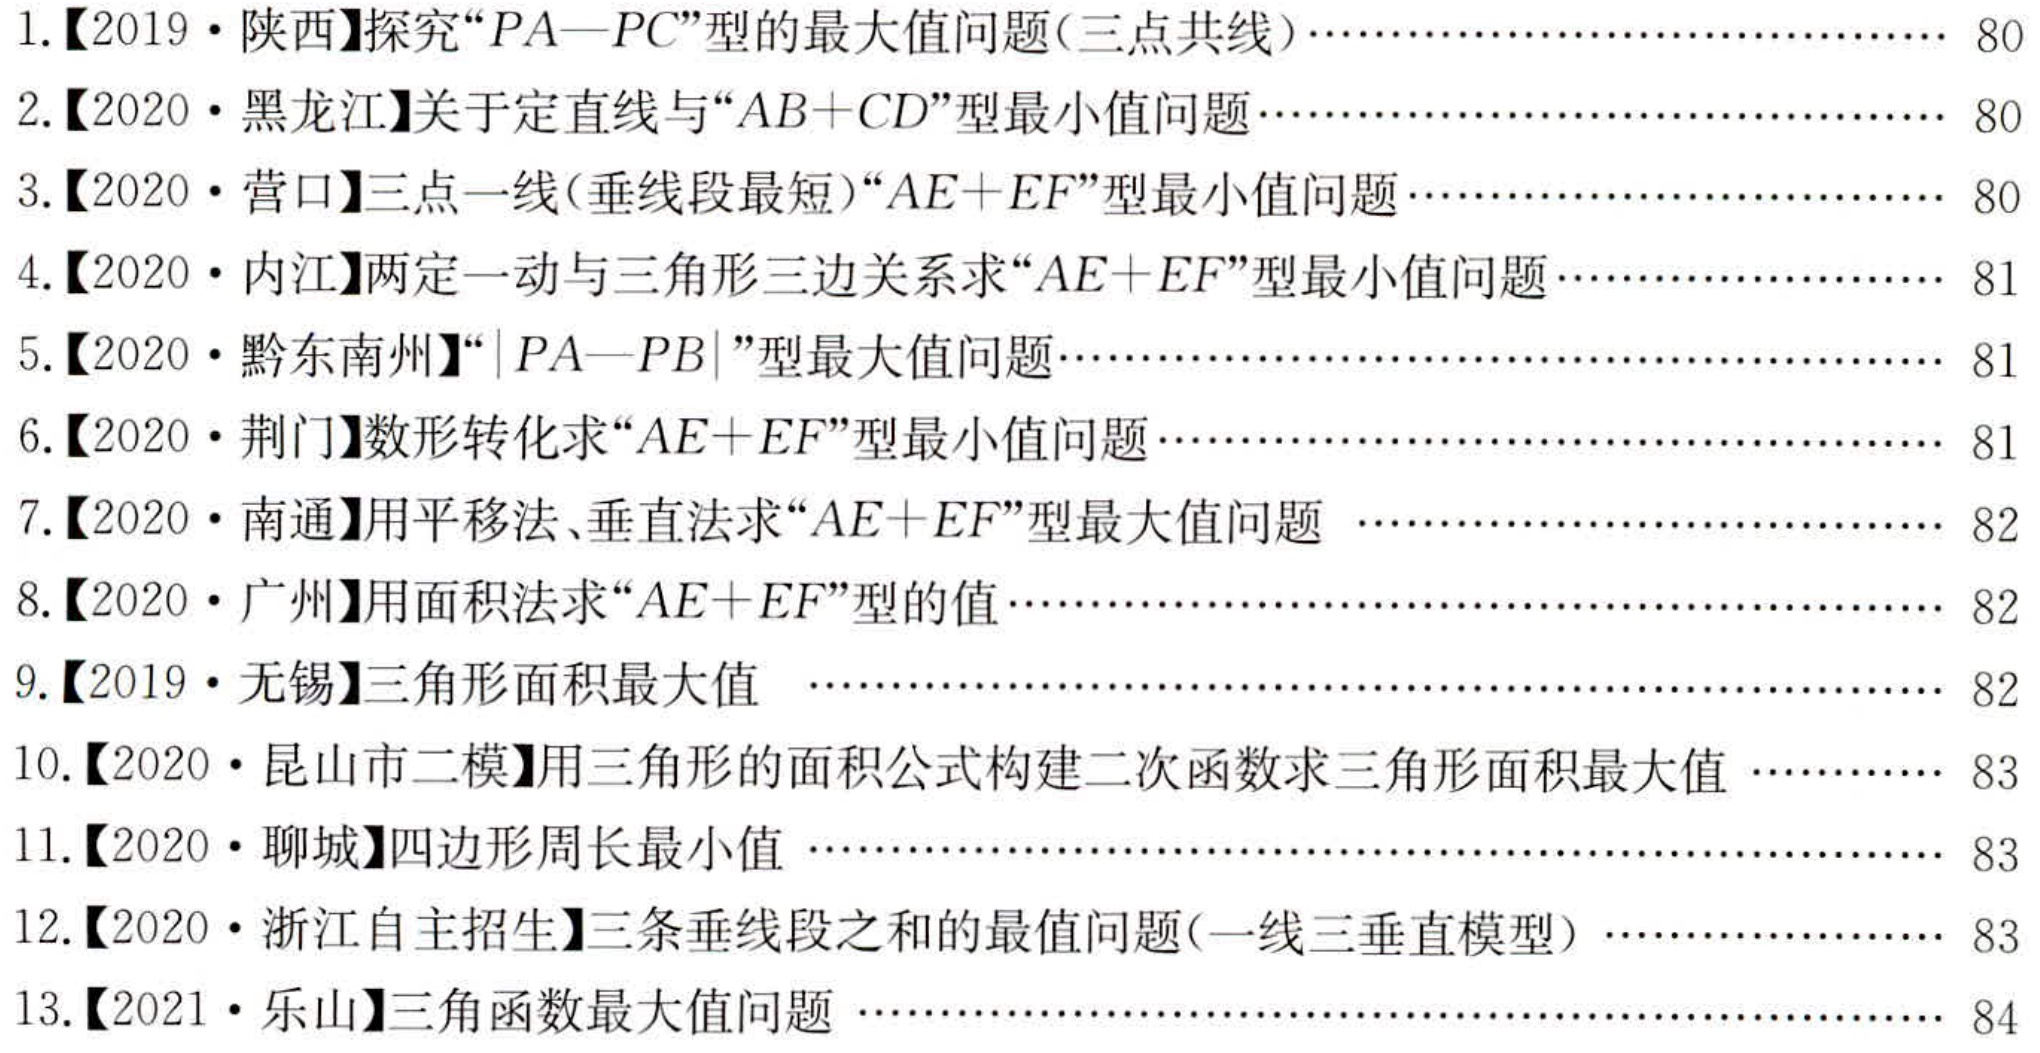
1.【2019·陕西】探究“\(PA - PC\)”型的最大值问题(三点共线)……………………………… 80
2.【2020·黑龙江】关于定直线与“\(AB + CD\)”型最小值问题……………………………… 80
3.【2020·营口】三点一线(垂线段最短)“\(AE + EF\)”型最小值问题………………………… 80
4.【2020·内江】两定一动与三角形三边关系求“\(AE + EF\)”型最小值问题………………… 81
5.【2020·黔东南州】“\(\vert PA - PB\vert\)”型最大值问题……………………………… 81
6.【2020·荆门】数形转化求“\(AE + EF\)”型最小值问题……………………………… 81
7.【2020·南通】用平移法、垂直法求“\(AE + EF\)”型最大值问题 ………………………… 82
8.【2020·广州】用面积法求“\(AE + EF\)”型的值……………………………… 82
9.【2019·无锡】三角形面积最大值 …………………………………………… 82
10.【2020·昆山市二模】用三角形的面积公式构建二次函数求三角形面积最大值 ………… 83
11.【2020·聊城】四边形周长最小值 …………………………………………… 83
12.【2020·浙江自主招生】三条垂线段之和的最值问题(一线三垂直模型) ………………… 83
13.【2021·乐山】三角函数最大值问题 …………………………………………… 84